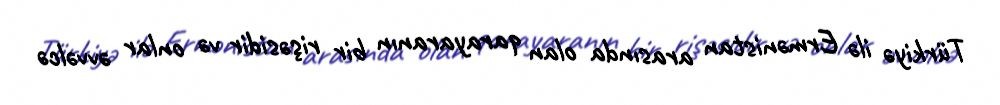
Türkiyə ilə Ermənistan arasında olan qarayaranın bir rişəsidir və onlar əvvəlcə